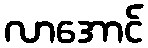
လာအောင်